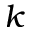
k